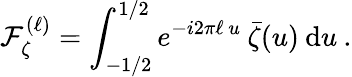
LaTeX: \mathop{\mathcal{F}_{\zeta}^{(\ell)}}=\int_{-1/2}^{1/2}e^{-i2\pi\ell\, u}\: \bar{\zeta}(u)\: \mathrm{d}u\: .